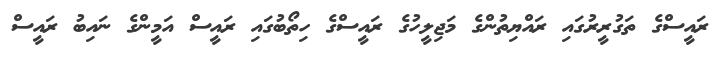
ރައީސްގެ ތަގުރީރުގައި ރައްޔިތުންގެ މަޖިލީހުގެ ރައީސްގެ ހިތޯބުގައި ރައީސް އަމީންގެ ނައިބު ރައީސް